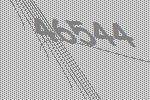
46544